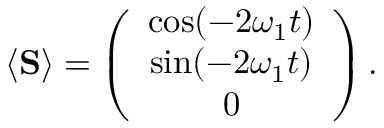
\begin{array} { r } { \langle { \bf S } \rangle = \left( \begin{array} { c } { \cos ( - 2 \omega _ { 1 } t ) } \\ { \sin ( - 2 \omega _ { 1 } t ) } \\ { 0 } \end{array} \right) . } \end{array}